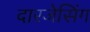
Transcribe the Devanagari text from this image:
दारजेसिंग